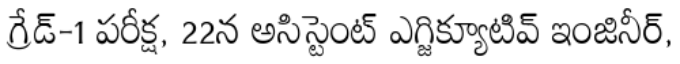
గ్రేడ్-1 పరీక్ష, 22న అసిస్టెంట్ ఎగ్జిక్యూటివ్ ఇంజినీర్,